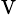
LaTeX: _\textrm{V}